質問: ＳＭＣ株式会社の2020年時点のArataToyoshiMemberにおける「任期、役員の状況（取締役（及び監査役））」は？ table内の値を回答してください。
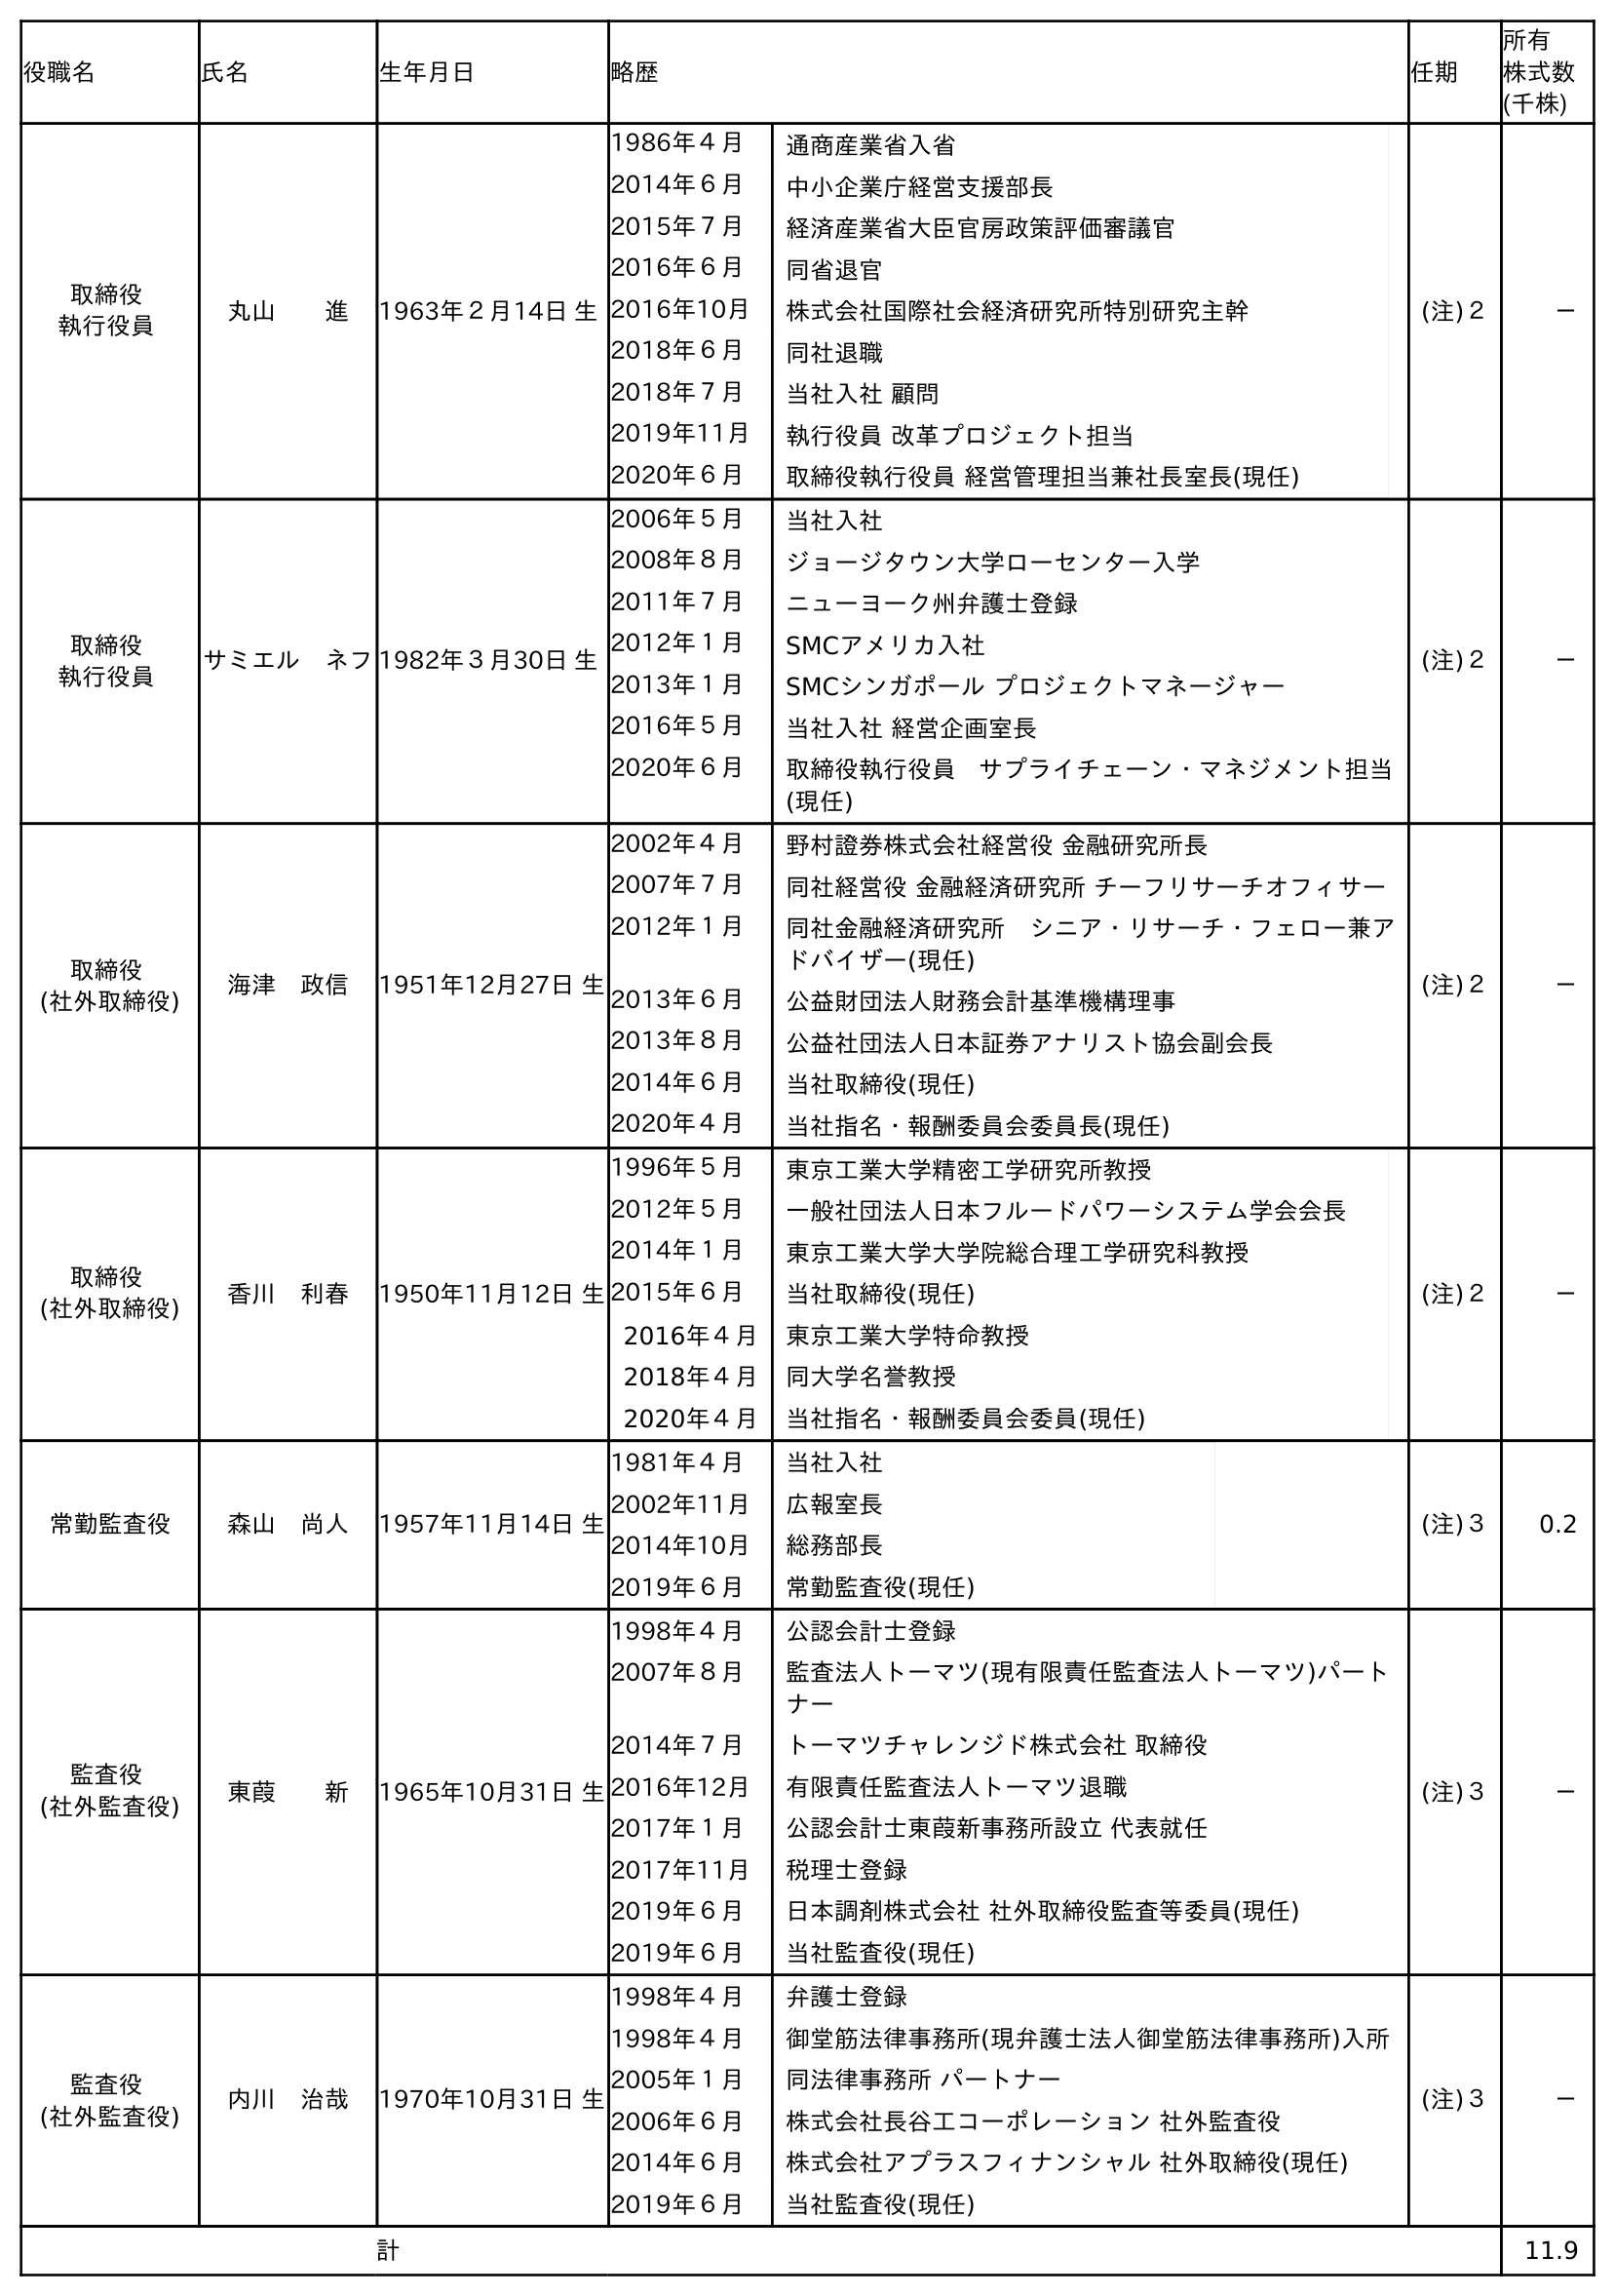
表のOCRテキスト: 役職名 氏名 生年月日 略歴 任期 所有 株式数 (千株) 取締役 執行役員 丸山  進 1963年２月14日 生 1986年４月 通商産業省入省 2014年６月 中小企業庁経営支援部長 2015年７月 経済産業省大臣官房政策評価審議官 2016年６月 同省退官 2016年10月 株式会社国際社会経済研究所特別研究主幹 2018年６月 同社退職 2018年７月 当社入社 顧問 2019年11月 執行役員 改革プロジェクト担当 2020年６月 取締役執行役員 経営管理担当兼社長室長(現任) (注)２ － 取締役 執行役員 サミエル ネフ1982年３月30日 生 2006年５月 当社入社 2008年８月 ジョージタウン大学ローセンター入学 2011年７月 ニューヨーク州弁護士登録 2012年１月 SMCアメリカ入社 2013年１月 SMCシンガポール プロジェクトマネージャー 2016年５月 当社入社 経営企画室長 2020年６月 取締役執行役員 サプライチェーン・マネジメント担当 (現任) (注)２ － 取締役 (社外取締役) 海津 政信 1951年12月27日 生 2002年４月 野村證券株式会社経営役 金融研究所長 2007年７月 同社経営役 金融経済研究所 チーフリサーチオフィサー 2012年１月 同社金融経済研究所 シニア・リサーチ・フェロー兼ア ドバイザー(現任) 2013年６月 公益財団法人財務会計基準機構理事 2013年８月 公益社団法人日本証券アナリスト協会副会長 2014年６月 当社取締役(現任) 2020年４月 当社指名・報酬委員会委員長(現任) (注)２ － 取締役 (社外取締役) 香川 利春 1950年11月12日 生 1996年５月 東京工業大学精密工学研究所教授 2012年５月 一般社団法人日本フルードパワーシステム学会会長 2014年１月 東京工業大学大学院総合理工学研究科教授 2015年６月 当社取締役(現任) 2016年４月 東京工業大学特命教授 2018年４月 同大学名誉教授 2020年４月 当社指名・報酬委員会委員(現任) (注)２ － 常勤監査役 森山 尚人 1957年11月14日 生 1981年４月 当社入社 2002年11月 広報室長 2014年10月 総務部長 2019年６月 常勤監査役(現任) (注)３ 0.2 監査役 (社外監査役) 東葭  新 1965年10月31日 生 1998年４月 公認会計士登録 2007年８月 監査法人トーマツ(現有限責任監査法人トーマツ)パート ナー 2014年７月 トーマツチャレンジド株式会社 取締役 2016年12月 有限責任監査法人トーマツ退職 2017年１月 公認会計士東葭新事務所設立 代表就任 2017年11月 税理士登録 2019年６月 日本調剤株式会社 社外取締役監査等委員(現任) 2019年６月 当社監査役(現任) (注)３ － 監査役 (社外監査役) 内川 治哉 1970年10月31日 生 1998年４月 弁護士登録 1998年４月 御堂筋法律事務所(現弁護士法人御堂筋法律事務所)入所 2005年１月 同法律事務所 パートナー 2006年６月 株式会社長谷工コーポレーション 社外監査役 2014年６月 株式会社アプラスフィナンシャル 社外取締役(現任) 2019年６月 当社監査役(現任) (注)３ － 計 11.9
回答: (注)３